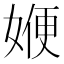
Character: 㛹